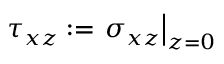
\tau _ { x z } : = \left. \sigma _ { x z } \right| _ { z = 0 }